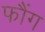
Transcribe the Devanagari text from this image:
फौंग